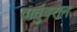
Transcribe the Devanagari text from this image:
दातुंवरान